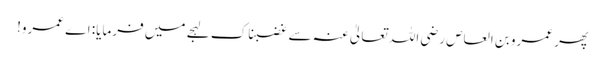
پھر عمرو بن العاص رضی اللہ تعالیٰ عنہ سے غضبناک لہجے میں فرمایا: اے عمرو!